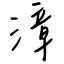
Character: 漳